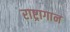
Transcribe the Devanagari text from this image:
राष्ट्रागान